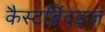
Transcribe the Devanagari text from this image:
कैस्टर्ब्रिदड्ज